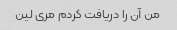
من آن را دریافت کردم مری لین